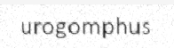
urogomphus